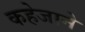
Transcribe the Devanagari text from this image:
कहेजाने